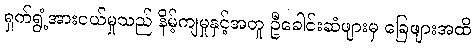
ရှက်ရွံ့အားငယ်မှုသည် နိမ့်ကျမှုနှင့်အတူ ဦခေါင်းဆံဖျားမှ ခြေဖျားအထိ